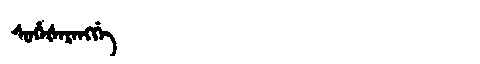
Manchu: ᠰᡠᡥᡝᡧᡝᡵᡝᠩᡤᡝ
Romanization: SUHEŠERENGGE